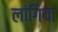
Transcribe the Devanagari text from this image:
लांगिया